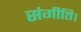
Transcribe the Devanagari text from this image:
संगीति।